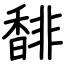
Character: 馡